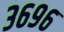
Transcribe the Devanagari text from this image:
३६९६